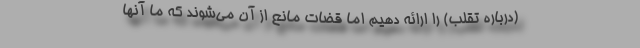
(درباره تقلب) را ارائه دهیم اما قضات مانع از آن می‌شوند که ما آنها